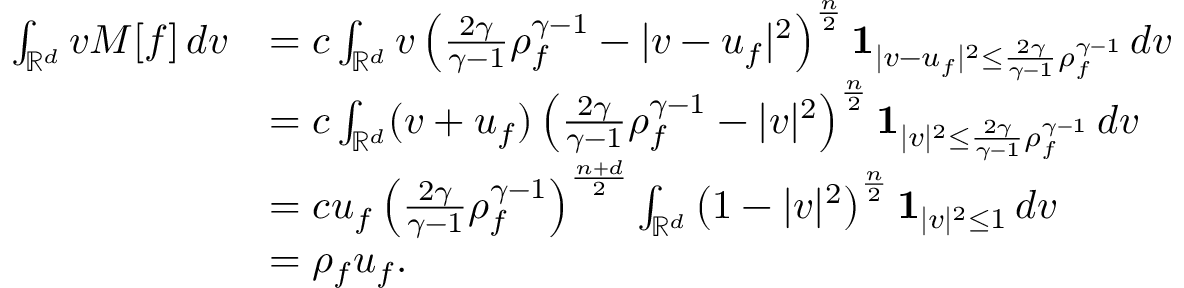
\begin{array} { r l } { \int _ { \mathbb { R } ^ { d } } v M [ f ] \, d v } & { = c \int _ { \mathbb { R } ^ { d } } v \left( \frac { 2 \gamma } { \gamma - 1 } \rho _ { f } ^ { \gamma - 1 } - | v - u _ { f } | ^ { 2 } \right) ^ { \frac n 2 } \mathbf { 1 } _ { | v - u _ { f } | ^ { 2 } \le \frac { 2 \gamma } { \gamma - 1 } \rho _ { f } ^ { \gamma - 1 } } \, d v } \\ & { = c \int _ { \mathbb { R } ^ { d } } ( v + u _ { f } ) \left( \frac { 2 \gamma } { \gamma - 1 } \rho _ { f } ^ { \gamma - 1 } - | v | ^ { 2 } \right) ^ { \frac n 2 } \mathbf { 1 } _ { | v | ^ { 2 } \le \frac { 2 \gamma } { \gamma - 1 } \rho _ { f } ^ { \gamma - 1 } } \, d v } \\ & { = c u _ { f } \left( \frac { 2 \gamma } { \gamma - 1 } \rho _ { f } ^ { \gamma - 1 } \right) ^ { \frac { n + d } { 2 } } \int _ { \mathbb { R } ^ { d } } \left( 1 - | v | ^ { 2 } \right) ^ { \frac n 2 } \mathbf { 1 } _ { | v | ^ { 2 } \le 1 } \, d v } \\ & { = \rho _ { f } u _ { f } . } \end{array}